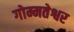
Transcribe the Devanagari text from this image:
गोम्मतेश्वर